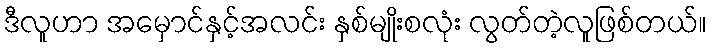
ဒီလူဟာ အမှောင်နှင့်အလင်း နှစ်မျိုးစလုံး လွတ်တဲ့လူဖြစ်တယ်။